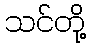
သင်တို့